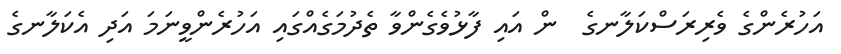
އަހުރެންގެ ވެރިރަސްކަލާނގެ  ން އައި ފާޅުވެގެންވާ ތެދުމަގެއްގައި އަހުރެންވީނަމަ އަދި އެކަލާނގެ